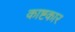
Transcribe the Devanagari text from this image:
काष्टकार